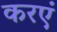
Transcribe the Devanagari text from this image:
करएं